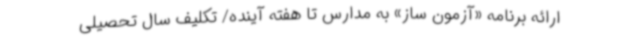
ارائه برنامه «آزمون ساز» به مدارس تا هفته آینده/ تکلیف سال تحصیلی